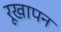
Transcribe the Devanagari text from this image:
रूखापन